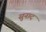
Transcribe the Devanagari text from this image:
सुनाद